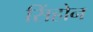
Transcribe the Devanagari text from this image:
सिंहोन